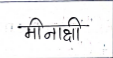
मजकूर: मीनाक्षी